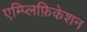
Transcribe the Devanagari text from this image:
एम्प्लिफ़िकेशन